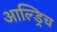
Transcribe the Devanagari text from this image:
आल्ड्रिच